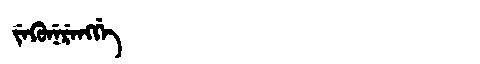
Manchu: ᠵᡝᡴᡠᠨᡝᡵᡝᠩᡤᡝ
Romanization: JEKUNERENGGE